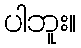
ပါဘူး။